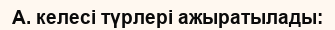
А. келесі түрлері ажыратылады: